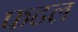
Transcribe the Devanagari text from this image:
फटल